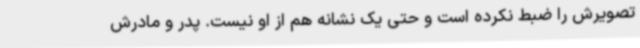
تصویرش را ضبط نکرده است و حتی یک نشانه هم از او نیست. پدر و مادرش